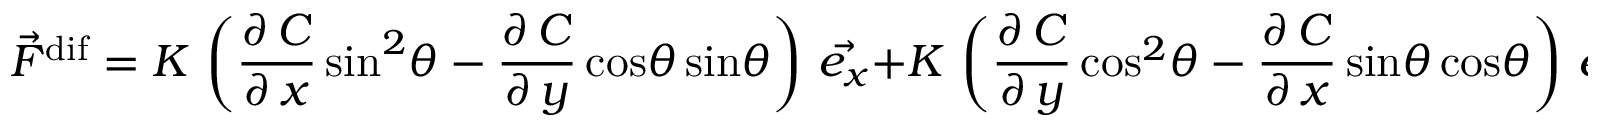
\vec { F } ^ { \mathrm { d i f } } = K \, \left( \frac { \partial \, C } { \partial \, x } \, \mathrm { s i n } ^ { 2 } \theta - \frac { \partial \, C } { \partial \, y } \, \mathrm { c o s } \theta \, \mathrm { s i n } \theta \right) \, \vec { e _ { x } } + K \, \left( \frac { \partial \, C } { \partial \, y } \, \mathrm { c o s } ^ { 2 } \theta - \frac { \partial \, C } { \partial \, x } \, \mathrm { s i n } \theta \, \mathrm { c o s } \theta \right) \, \vec { e _ { y } } \quad [ \mathrm { k g } \, \mathrm { m } ^ { - 1 } \, \mathrm { s } ^ { - 1 } ] ,